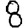
Digit: 8